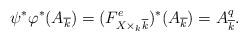
LaTeX: \begin{align*}\psi^*\varphi^*(A_{\overline k})=(F^e_{X \times_k \overline k})^*(A_{\overline k})=A_{\overline k}^q.\end{align*}